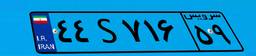
۰۷S۴۶۱۴۰